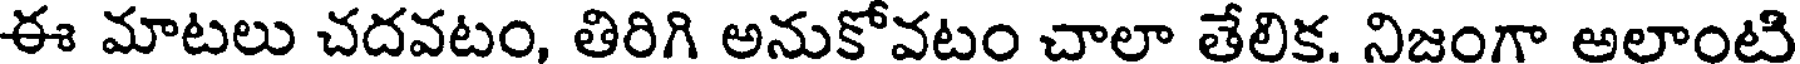
ఈ మాటలు చదవటం, తిరిగి అనుకోవటం చాలా తేలిక. నిజంగా అలాంటి